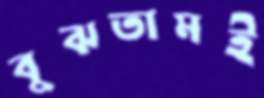
বুঝতামই